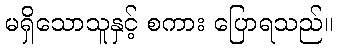
မရှိသောသူနှင့် စကား ပြောရသည်။